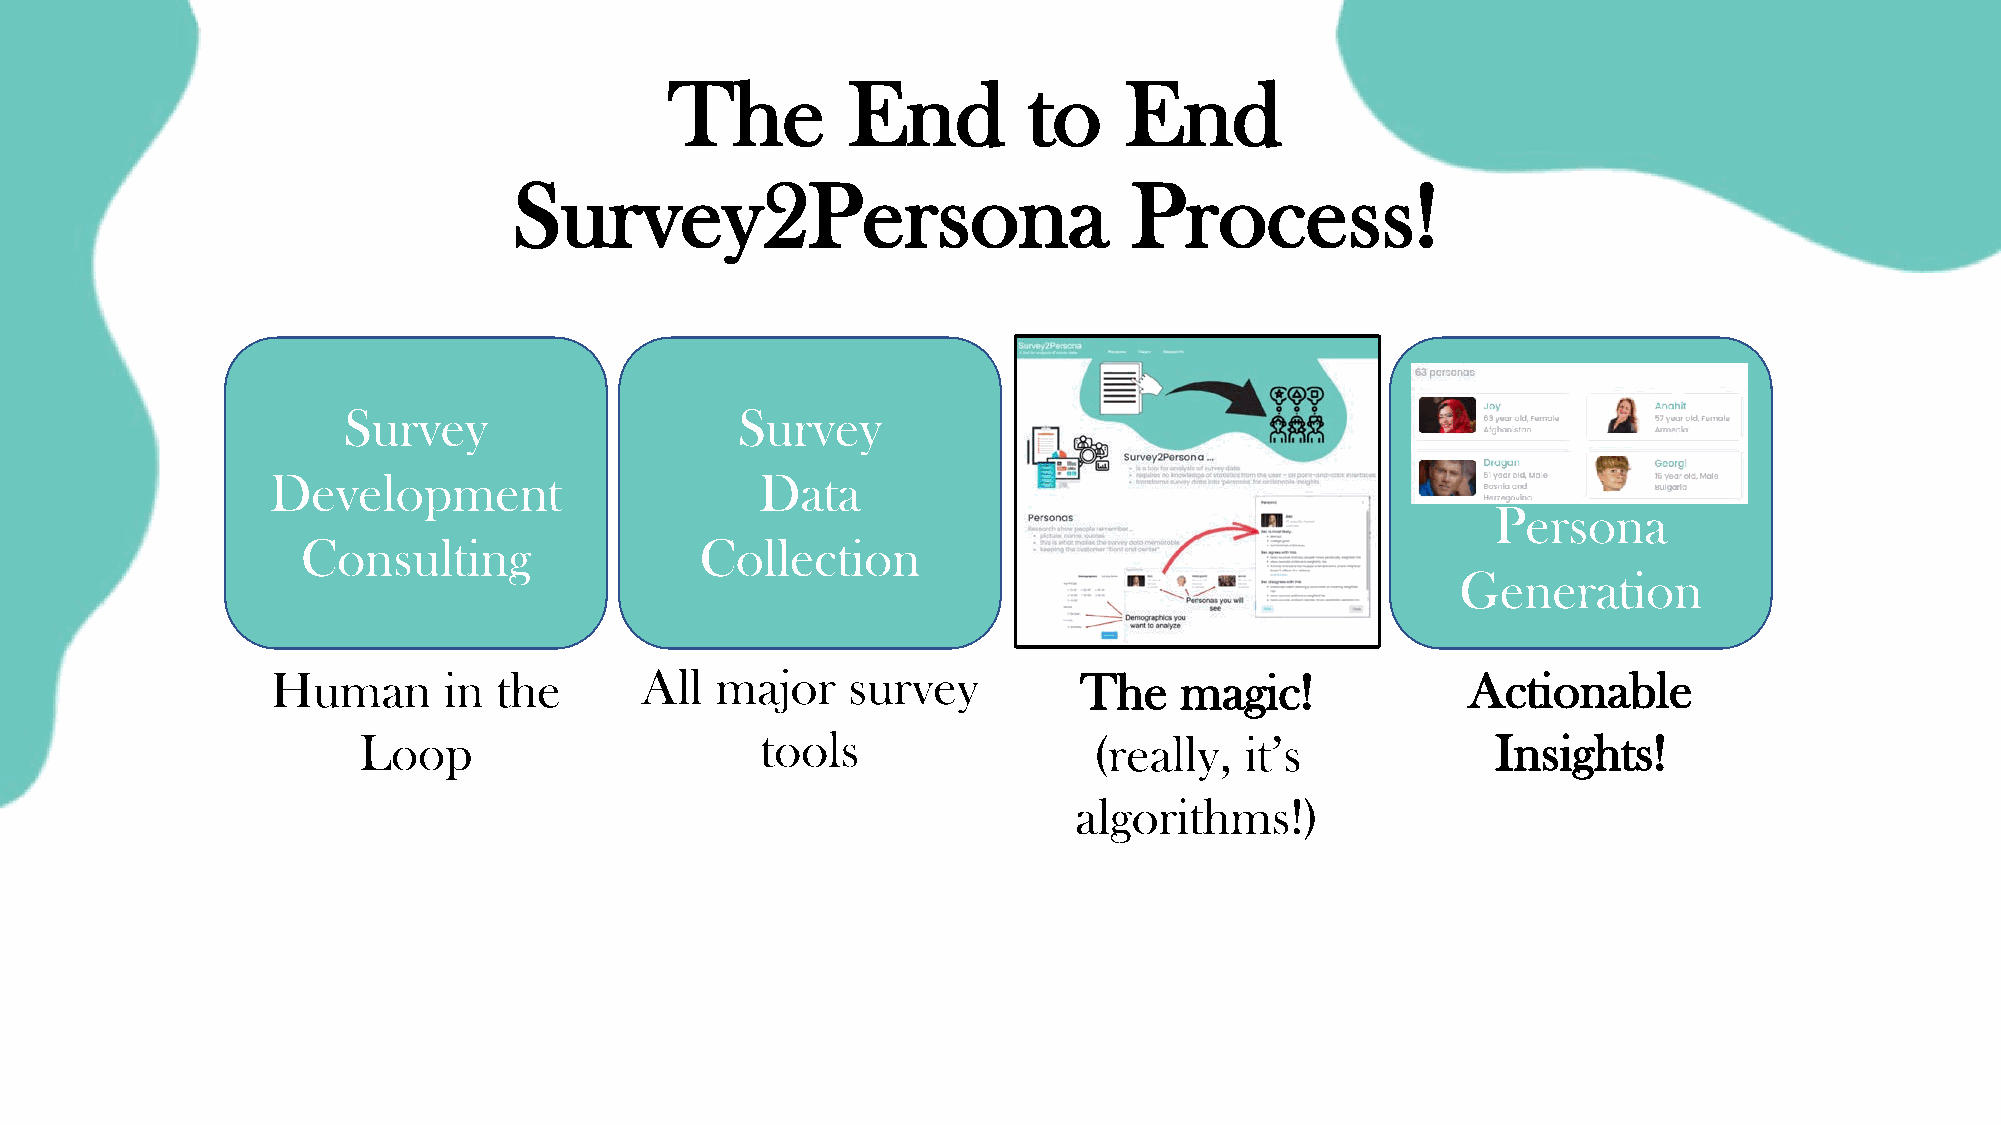
The         End         to    End
 Survey2Persona                           Process!
 Survey                    Survey
 Development                     Data
 Persona
 Consulting                Collection
 Generation
 Human      in  the      All  major    survey          The   magic!             Actionable
 Loop                      tools                 (really,  it’s             Insights!
 algorithms!)